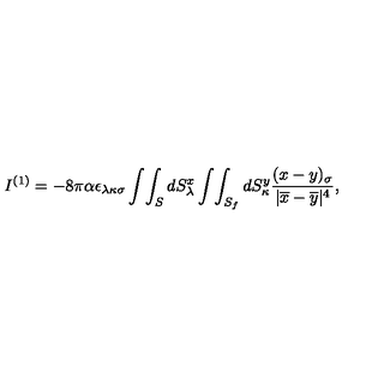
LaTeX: I ^ { ( 1 ) } = - 8 \pi \alpha \epsilon _ { \lambda \kappa \sigma } \int \! \int _ { S } d S _ { \lambda } ^ { x } \int \! \int _ { S _ { f } } d S _ { \kappa } ^ { y } \frac { ( x - y ) _ { \sigma } } { | \overline { { x } } - \overline { { y } } | ^ { 4 } } ,